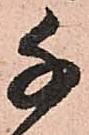
千